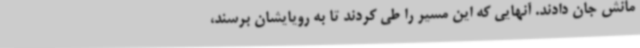
مانش جان دادند. آنهایی که این مسیر را طی کردند تا به رویایشان برسند،